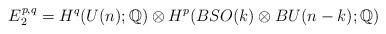
LaTeX: \begin{align*} E_{2}^{p,q} = H^{q} (U(n); \mathbb{Q}) \otimes H^{p} (BSO(k) \otimes BU(n-k) ; \mathbb{Q})\end{align*}